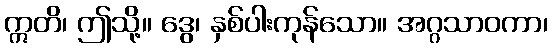
ဣတိ၊ ဤသို့။ ဒွေ၊ နှစ်ပါးကုန်သော။ အဂ္ဂသာဝကာ၊